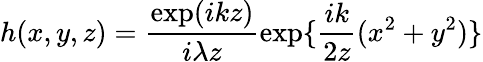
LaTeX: h(x,y,z)=\frac{\exp(ikz)}{i\lambda z}\exp\{ \frac{ik}{2z}(x^{2}+y^{2})\}